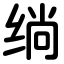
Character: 绱